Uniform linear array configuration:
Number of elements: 12
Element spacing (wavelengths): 0.5
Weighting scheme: kaiser
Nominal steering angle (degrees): -30
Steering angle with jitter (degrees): -29.99
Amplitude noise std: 0.05
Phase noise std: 0.05

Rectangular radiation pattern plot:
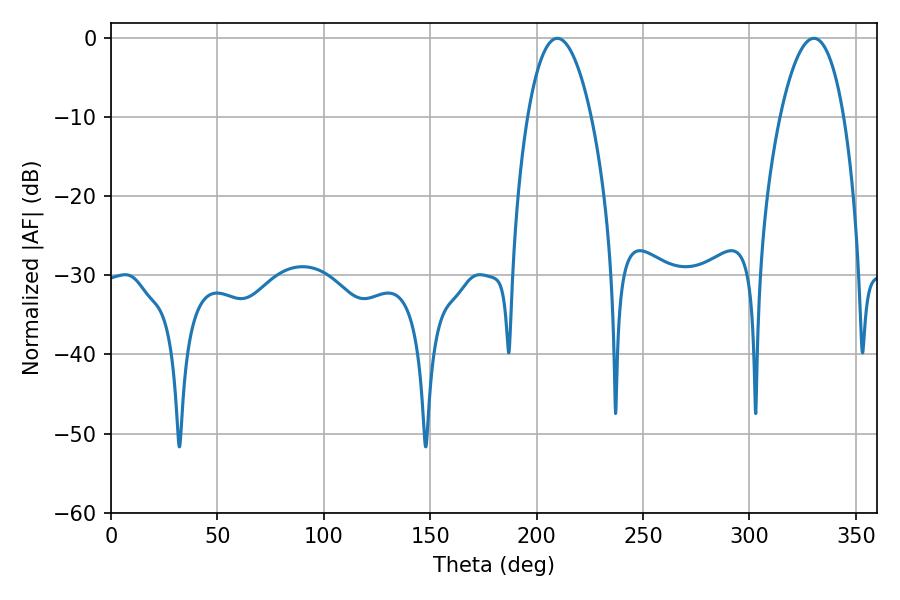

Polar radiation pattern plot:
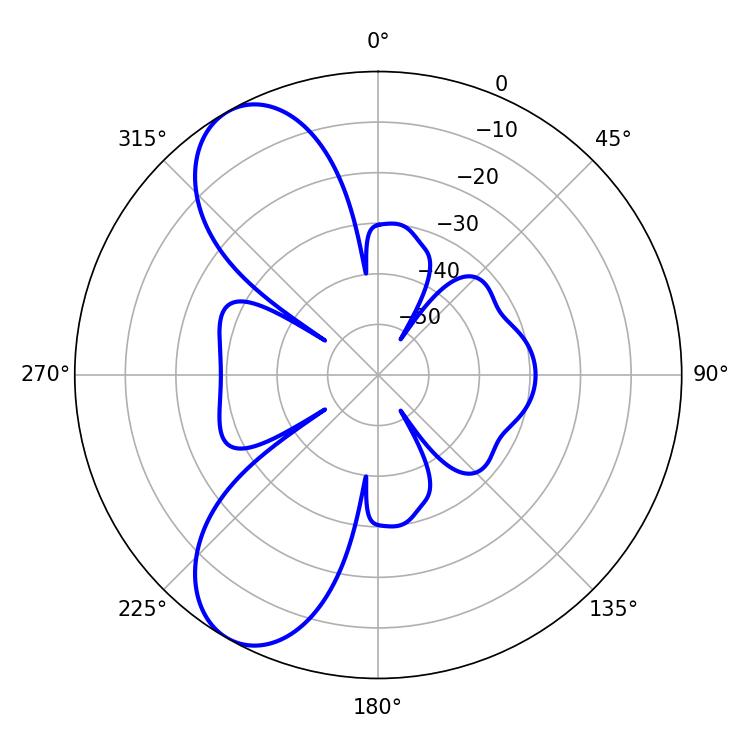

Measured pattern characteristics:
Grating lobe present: FALSE
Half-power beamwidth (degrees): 16.56
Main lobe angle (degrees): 209.7